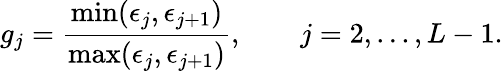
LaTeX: g_{j}=\frac{\operatorname*{min}(\epsilon_{j},\epsilon_{j+1})}{\operatorname*{max}(\epsilon_{j},\epsilon_{j+1})},\qquad j=2,...,L-1.